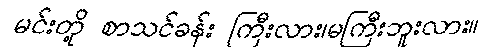
မင်းတို့ စာသင်ခန်း ကြီးလား၊မကြီးဘူးလား။